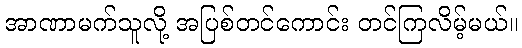
အာဏာမက်သူလို့ အပြစ်တင်ကောင်း တင်ကြလိမ့်မယ်။